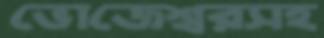
ভোজেশ্বরসহ